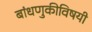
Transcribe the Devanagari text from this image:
बांधणुकीविषयी